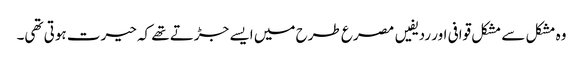
وہ مشکل سے مشکل قوافی اور ردیفیں مصرع طرح میں ایسے جڑتے تھے کہ حیرت ہوتی تھی۔